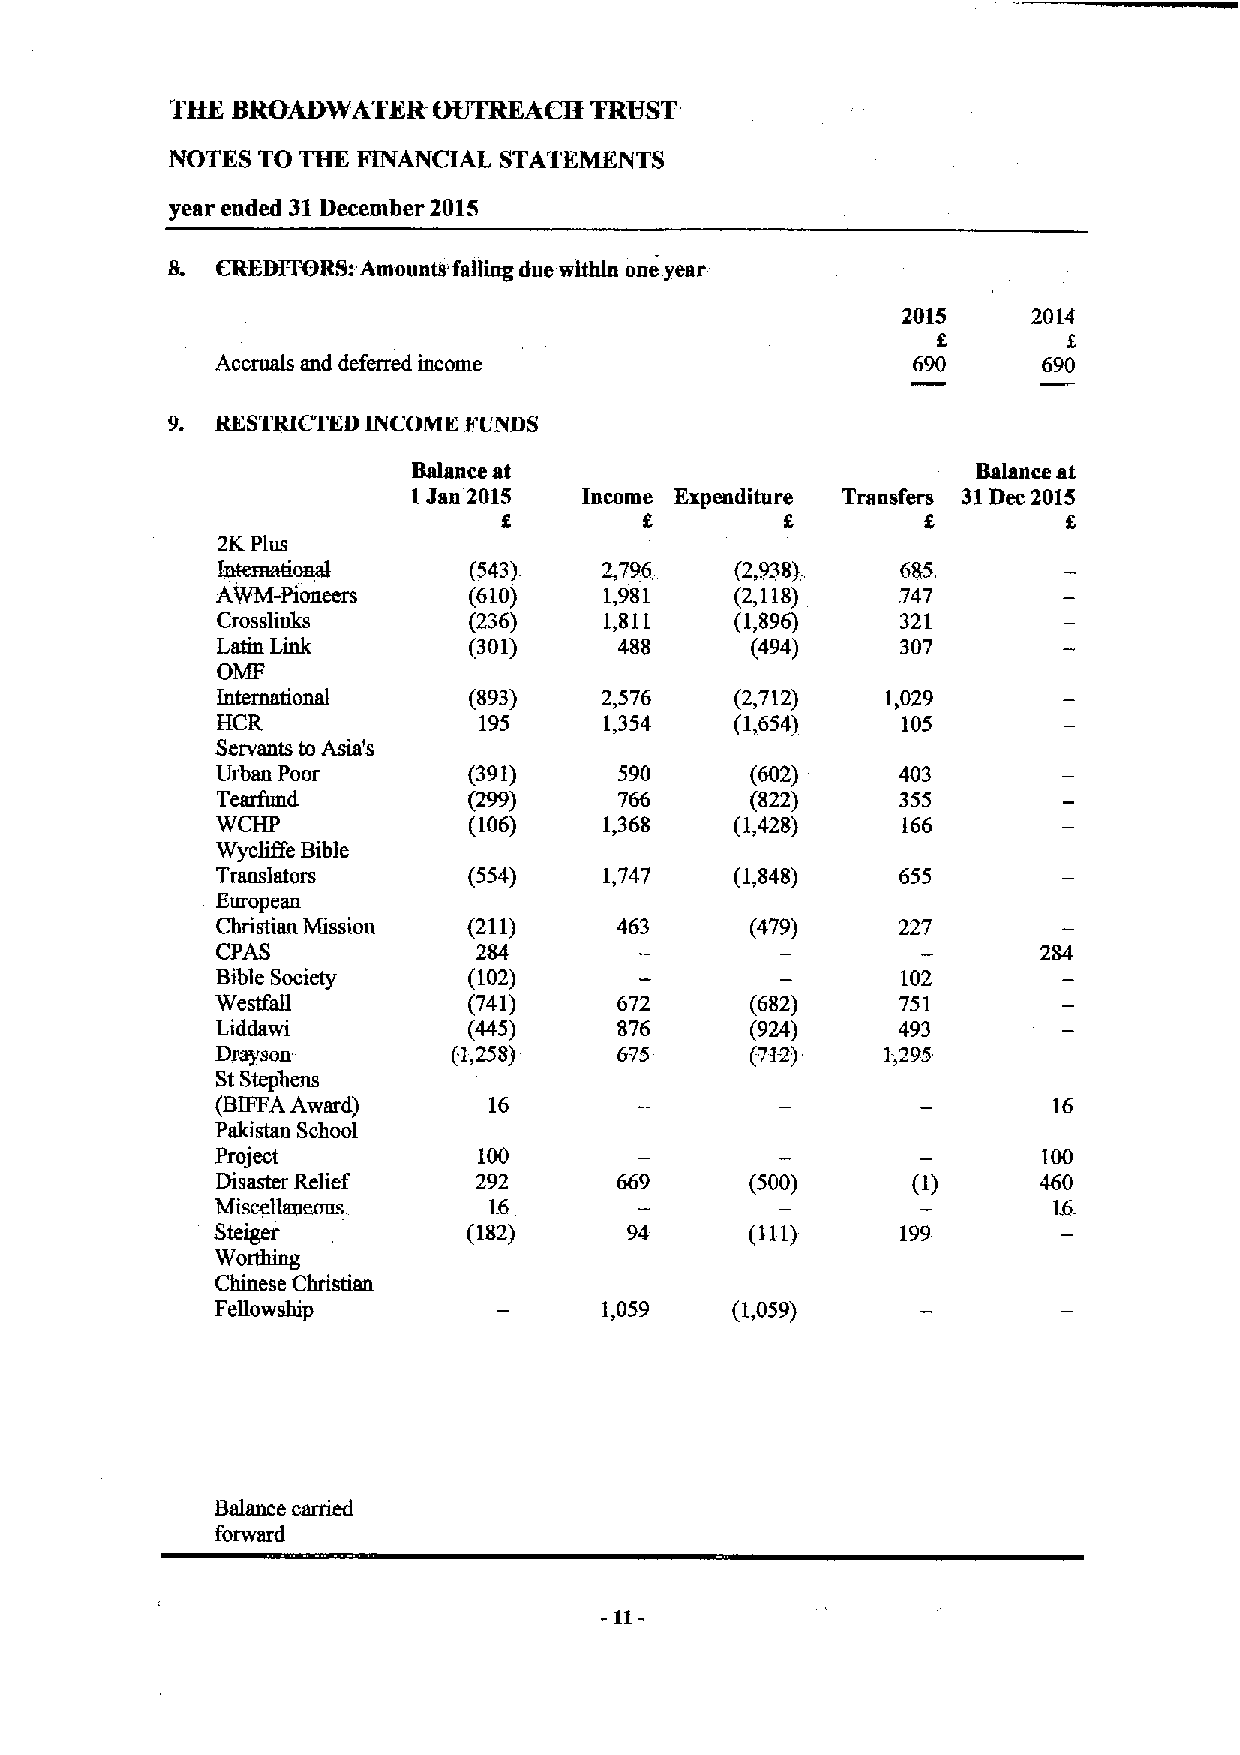
THK BROADWATKR    OUTRKACII TRIIST
 NOTES TO THE FINANCIAL STATEMKNTS
 year ended 31December 2015
 CREDITDRSl Amounta falliing due within one year
 2015    2014
 e
 Accruals and deferred income                  690      690
 IIKSTRICI'KBINCOME KUIYBS
 Balance at                            Balance at
 1Jan 2015   Income Ezpendlture Transfers 31Dec 2015
 f         e        e                  e
 2KPlus
 Inmrnational     (543)    &796     (2,938)    685
 AWM-Pioneers     (610)    1,981    (2,118)    747
 Crosslicks       (236)    1,811    (1,896)    321
 Latin Link       (301)     488      (494)     307
 OMF
 International    (893)    2,576    (2,712)   1,029
 HCR               195     1,354    (1,654)    105
 Servants to Asia's
 Urban Poor       (391)     590      (602)    403
 Tealfund         (299)     766      (822)     355
 WCHP             (106)    1,368    (1,428)    166
 Wycliffe Bible
 Transistors      (554)    1,747    (1,848)    655
 European
 Christian Mission (211)             (479)    227
 CPAS              284
 Bible Society    (102)                        102
 Westfall         (741)     672      (682)    751
 Liddawi          (445)     876      (924)    493
 Drayson         (1,258)    675      (712)    1,295
 StStephens
 (BIFFAAward)      16                                    16
 Pakistan School
 Project           100                                  100
 Disaster Relief  292                (500)     (I)      460
 Miscellanenns     1.6                                   I6.
 Steiger          (182)      94      (111)     199
 Worthing
 Chinese Christian
 FeBowship                 1,059   (1,059)
 Balance carried
 forward
 -11-